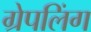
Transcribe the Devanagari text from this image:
ग्रेपलिंग